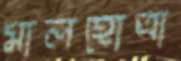
মালহোত্রা